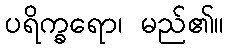
ပရိက္ခရော၊ မည်၏။